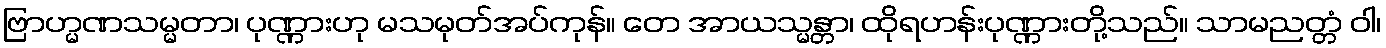
ဗြာဟ္မဏသမ္မတာ၊ ပုဏ္ဏားဟု မသမုတ်အပ်ကုန်။ တေ အာယသ္မန္တာ၊ ထိုရဟန်းပုဏ္ဏားတို့သည်။ သာမညတ္တံ ဝါ၊